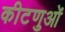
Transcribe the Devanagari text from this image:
कीटणुओं